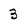
Character: 3